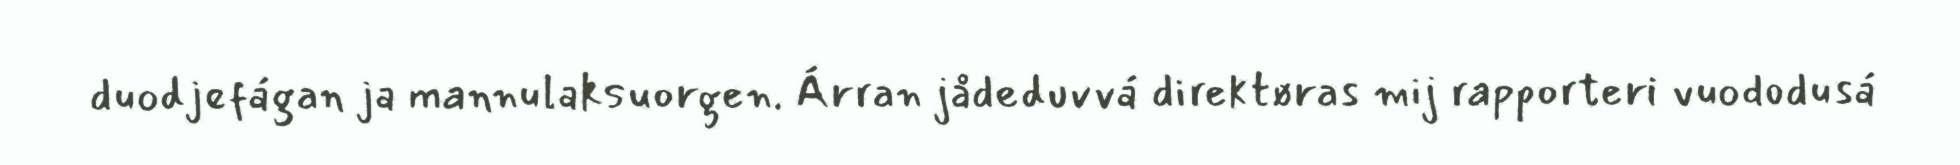
duodjefágan ja mannulaksuorgen. Árran jådeduvvá direktøras mij rapporteri vuododusá